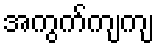
အကွက်ကျကျ